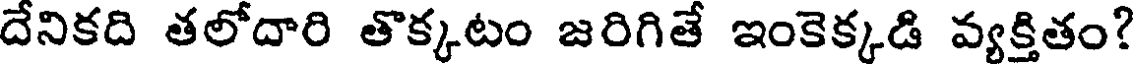
దేనికది తలోదారి తొక్కటం జరిగితే ఇంకెక్కడి వ్యక్తితం?